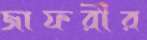
জাফরীর